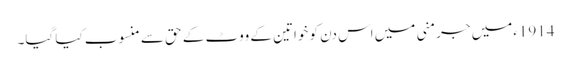
1914ءمیں جرمنی میں اس دن کو خواتین کے ووٹ کے حق سے منسوب کیا گیا۔